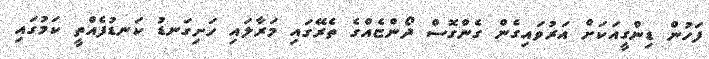
ފަހުން ޑިންގީއަކަށް އަރުވައިގެން ގެންގޮސް ދޯންޏެއްގެ ތެރޭގައި މަރާލައި ހަށިގަނޑު ކަނޑުފެއްތީ ކަމުގައި